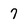
Character: 7